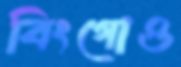
বিংগোও